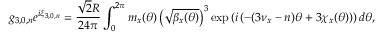
g _ { 3 , 0 , n } e ^ { i \xi _ { 3 , 0 , n } } = \frac { \sqrt 2 R } { 2 4 \pi } \int _ { 0 } ^ { 2 \pi } { m _ { x } ( \theta ) \left( \sqrt { \beta _ { x } ( \theta ) } \right) ^ { 3 } \exp \left( i \left( - ( 3 \nu _ { x } - n ) \theta + 3 \chi _ { x } ( \theta ) \right) \right) d \theta } ,